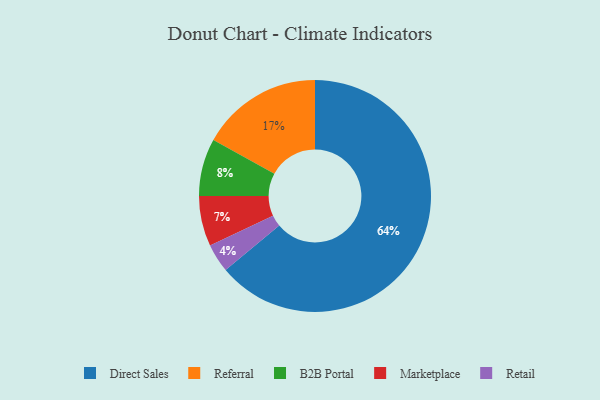
{"axis": {"x": "Category", "y": "Percentage"}, "legend": ["B2B Portal", "Direct Sales", "Marketplace", "Referral", "Retail"], "data": [{"x": "Referral", "y": 17, "type": "Referral"}, {"x": "Direct Sales", "y": 64, "type": "Direct Sales"}, {"x": "Retail", "y": 4, "type": "Retail"}, {"x": "Marketplace", "y": 7, "type": "Marketplace"}, {"x": "B2B Portal", "y": 8, "type": "B2B Portal"}]}